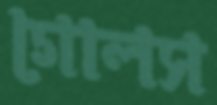
গোলস